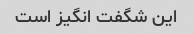
این شگفت انگیز است